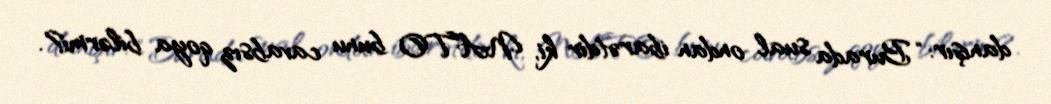
danışır: “Burada sual ondan ibarətdir ki, NATO bunu cavabsız qoya bilərmi?.